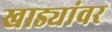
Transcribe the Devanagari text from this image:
खाड्यांवर